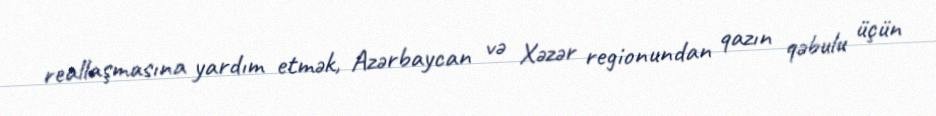
reallaşmasına yardım etmək, Azərbaycan və Xəzər regionundan qazın qəbulu üçün